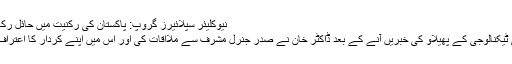
نیوکلیئر سپلائیرز گروپ: پاکستان کی رکنیت میں حائل رکاوٹیں
ایٹمی ٹیکنالوجی کے پھیلاو کی خبریں آنے کے بعد ڈاکٹر خان نے صدر جنرل مشرف سے ملااقات کی اور اس میں اپنے کردار کا اعتراف کیا۔